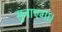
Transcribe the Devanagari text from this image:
सुनाएगा।